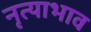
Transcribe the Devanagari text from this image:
नृत्याभाव